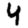
Digit: 4